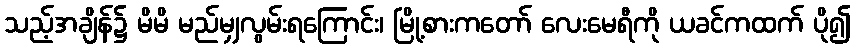
သည့်အချိန်၌ မိမိ မည်မျှလွမ်းရကြောင်း၊ မြို့စားကတော် လေးမေရီကို ယခင်ကထက် ပို၍